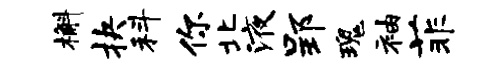
槲抉科你北液郢瑰袖菲